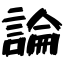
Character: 論